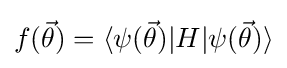
f({\vec {\theta }})=\langle \psi ({\vec {\theta }})|H|\psi ({\vec {\theta }})\rangle